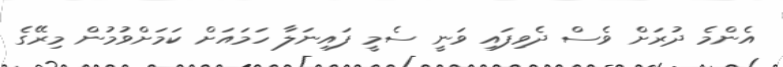
އެންމެ ދުރަށް ވެސް ދެވިފައި ވަނީ ސެމީ ފައިނަލާ ހަމައަށް ކަމަށްވުމުން މިރޭގެ